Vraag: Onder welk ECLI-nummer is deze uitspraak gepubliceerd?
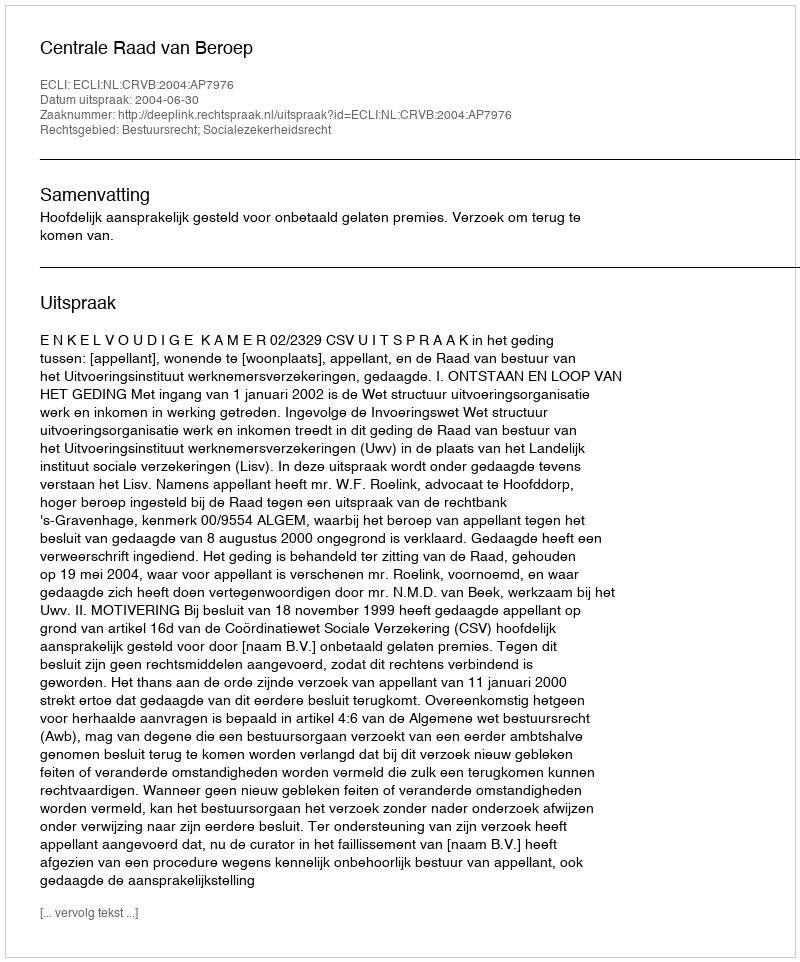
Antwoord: ECLI:NL:CRVB:2004:AP7976